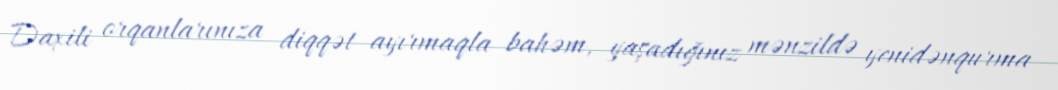
Daxili orqanlarınıza diqqət ayırmaqla bahəm, yaşadığınız mənzildə yenidənqurma